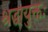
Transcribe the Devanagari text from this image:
श्रद्धायुक्तः